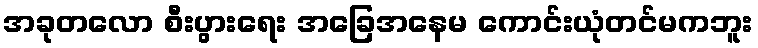
အခုတလော စီးပွားရေး အခြေအနေမ ကောင်းယုံတင်မကဘူး